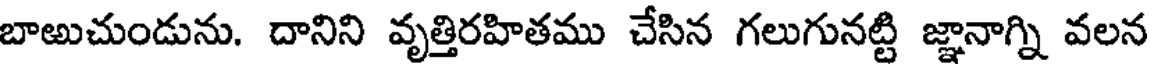
బాఱుచుండును. దానిని వృత్తిరహితము చేసిన గలుగునట్టి జ్ఞానాగ్ని వలన